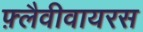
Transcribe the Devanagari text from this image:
फ़्लैवीवायरस